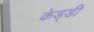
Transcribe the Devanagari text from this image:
केड्डी